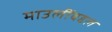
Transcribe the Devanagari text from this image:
माउलींबद्दल